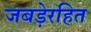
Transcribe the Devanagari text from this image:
जबड़ेरहित